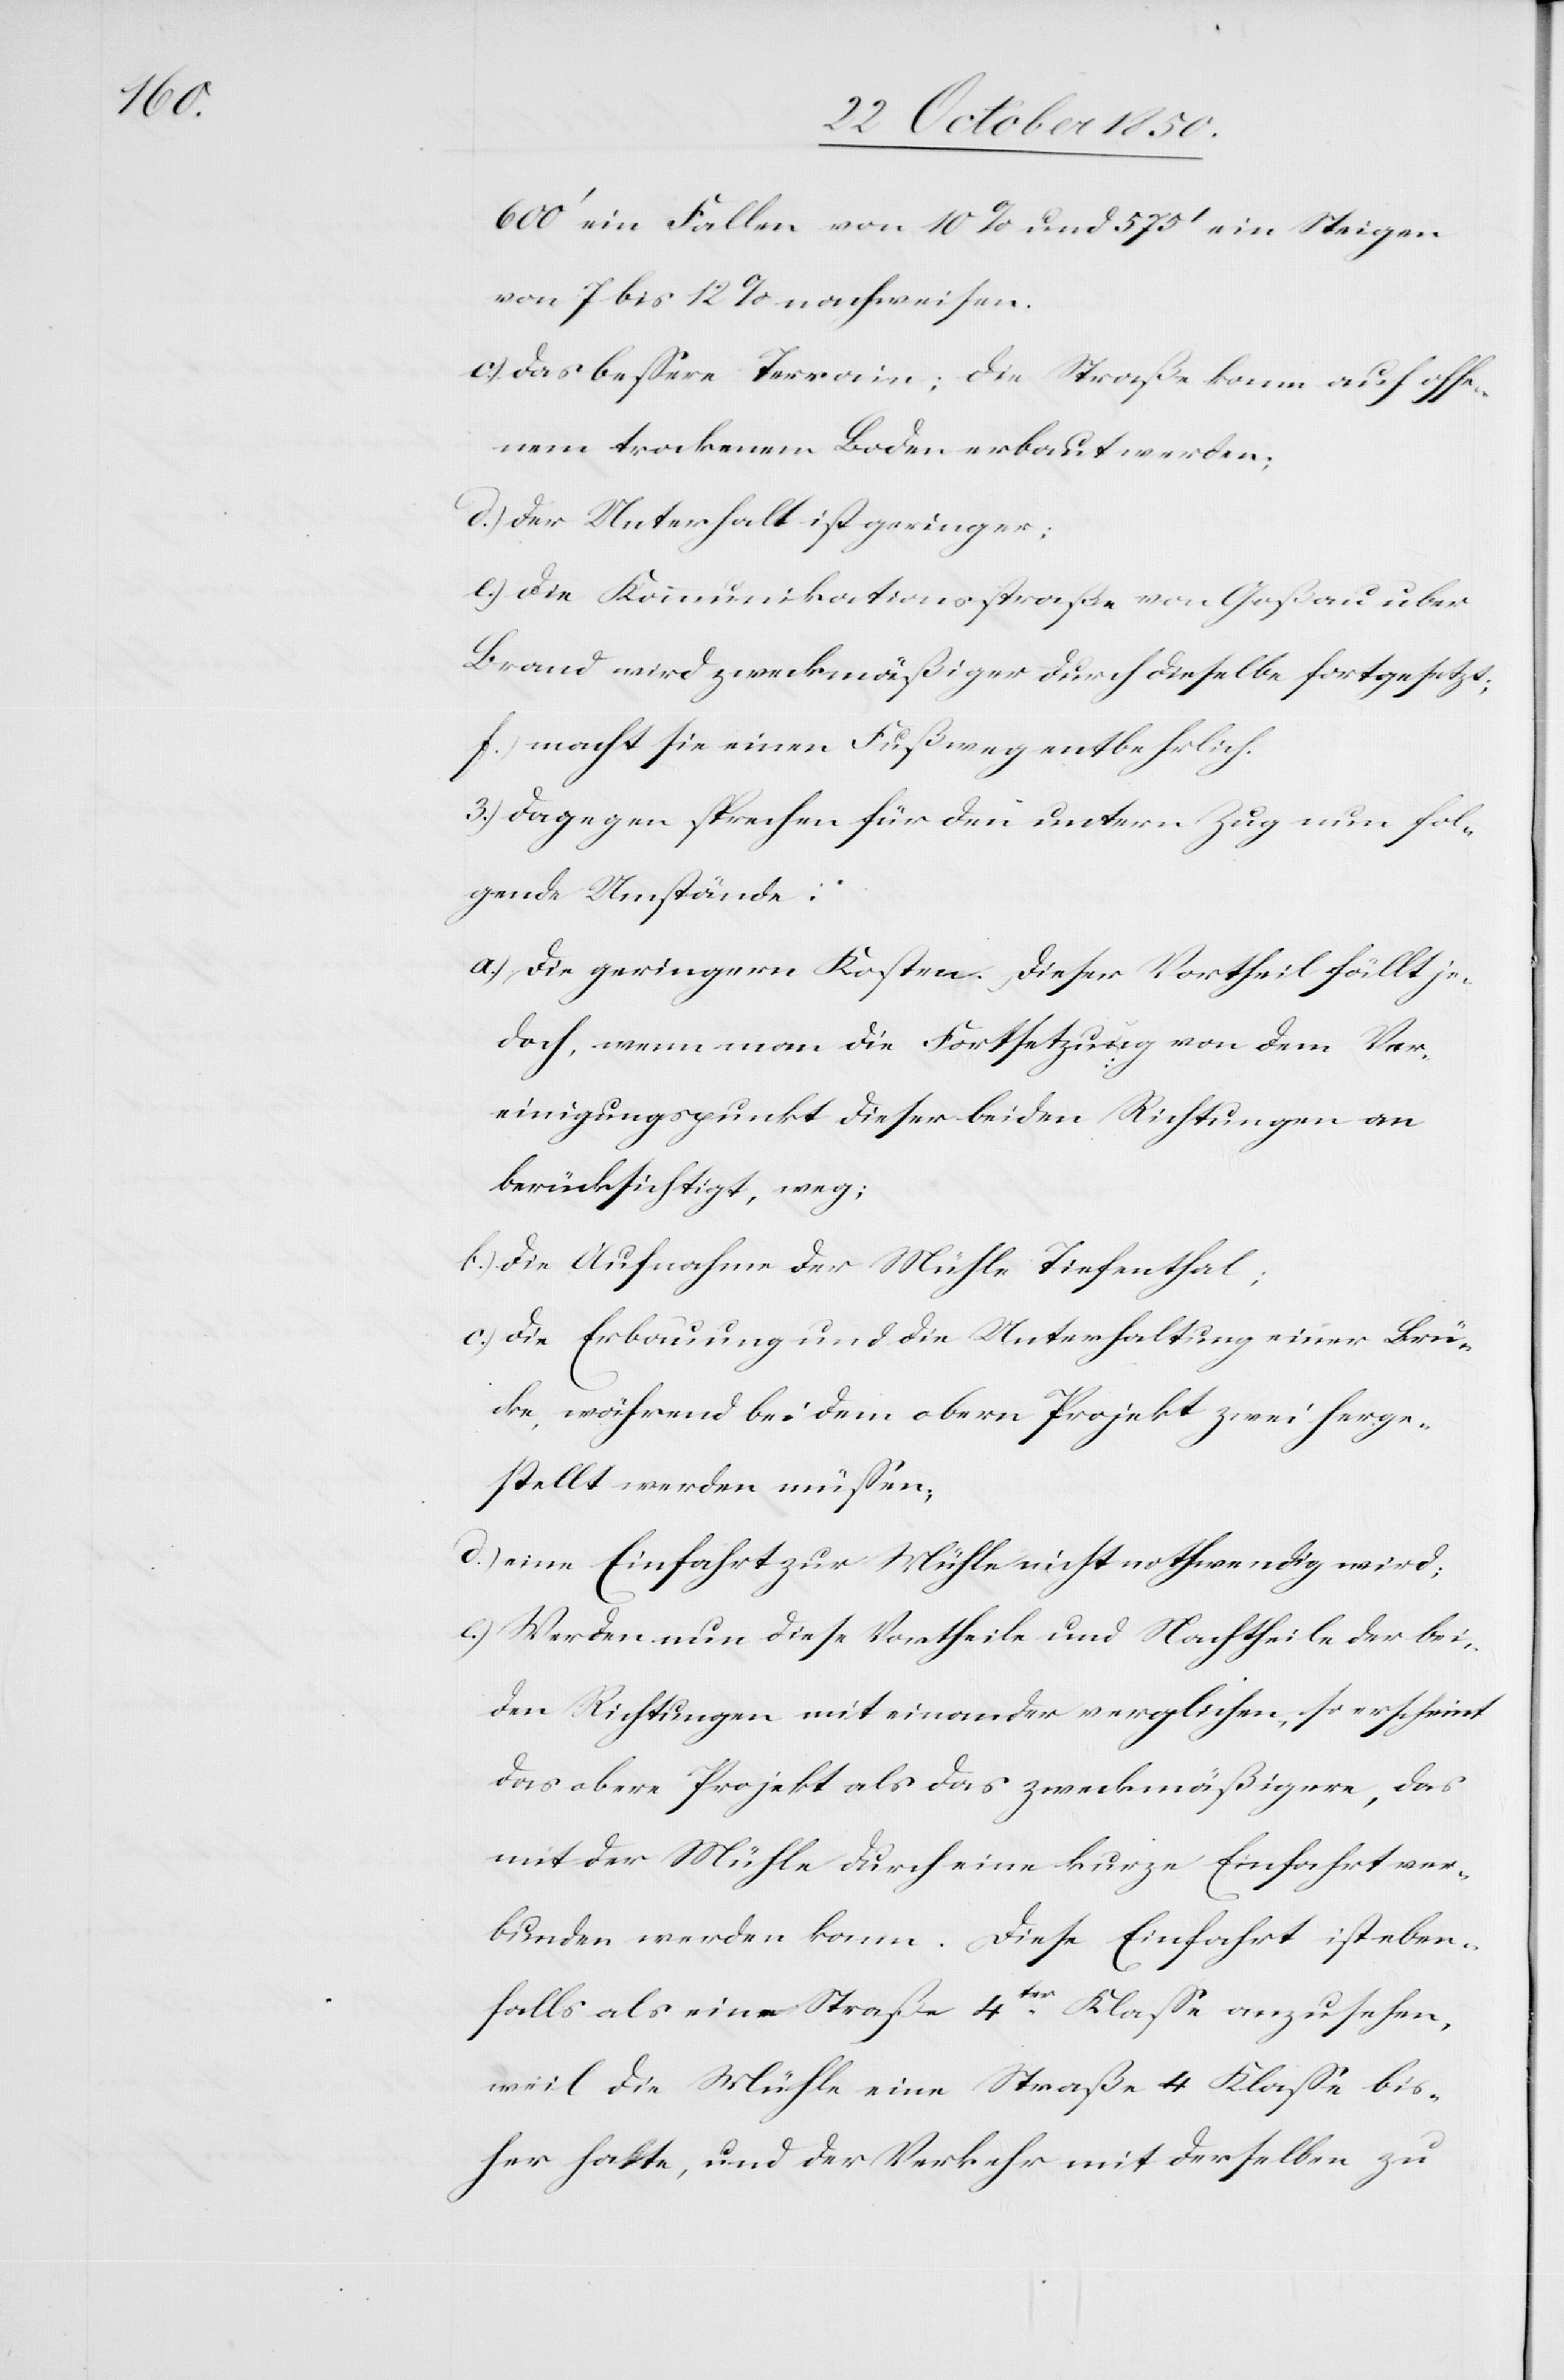
600‘ ein Fallen von 10 % und 575‘ ein Steigen
von 7 bis 12 % nachweisen.
c.) das bessere Terrain; die Straße kann auf offe¬
nem trockenem Boden erbaut werden;
d.) der Unterhalt ist geringer;
e.) die Kommunikationsstraße von Goßau uber
Brand wird zweckmäßiger durch dieselbe fortgesetzt;
f.) macht sie einen Fußweg entbehrlich.
3.) Dagegen sprechen für den untern Zug nun fol¬
gende Umstände:
a.) Die geringern Kosten. Dieser Vortheil fällt je¬
doch, wenn man die Fortsetzung von dem Ver¬
einigungspunkt dieser beiden Richtungen an
berücksichtigt, weg;
b.) Die Aufnahme der Mühle Tiefenthal;
c.) Die Erbauung und die Unterhaltung einer Brü¬
cke, während bei dem obern Projekt zwei herge¬
stellt werden müssen;
d.) eine Einfahrt zur Mühle nicht nothwendig wird;
e.) Werden nun diese Vortheile und Nachtheile der bei¬
den Richtungen mit einander verglichen, so erscheint
das obere Projekt als das zweckmäßigere, das
mit der Mühle durch eine kurze Einfahrt ver¬
bunden werden kann. Diese Einfahrt ist eben¬
falls als eine Straße 4ter Klasse anzusehen,
weil die Mühle eine Straße 4 Klasse bis¬
her hatte, und der Verkehr mit derselben zu